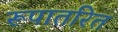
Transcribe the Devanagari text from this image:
रूपातरित